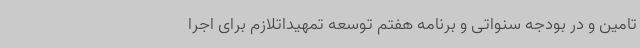
تامین و در بودجه سنواتی و برنامه هفتم توسعه تمهیداتلازم برای اجرا